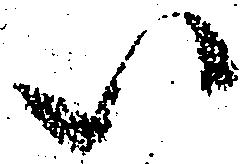
い